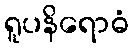
ရူပနိရောဓံ